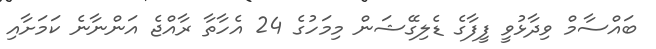
ބައްސާމް ވިދާޅުވީ ފީފާގެ ޑެލިގޭޝަން މިމަހުގެ 24 އެހާތާ ރާއްޖެ އަންނާނެ ކަމަށާއި